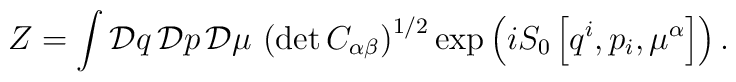
Z=\int {\cal D}q\,{\cal D}p\,{\cal D}\mu \,\left( \det C_{\alpha\beta }\right) ^{1/2}\exp \left( iS_0\left[ q^i,p_i,\mu ^\alpha \right]\right) .